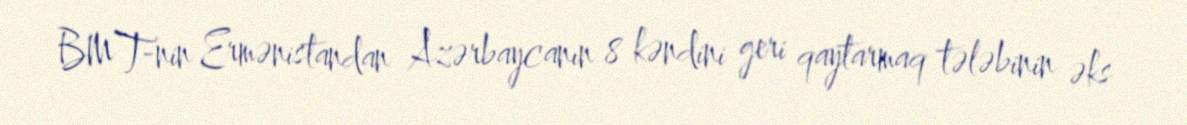
BMT-nin Ermənistandan Azərbaycanın 8 kəndini geri qaytarmaq tələbinin əks